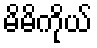
မိမိကိုယ်